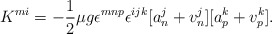
\begin{align*}K^{mi} = -\frac{1}{2}\mu g\epsilon^{mnp}\epsilon^{ijk}[a_{n}^{j} + v_{n}^{j}] [a_{p}^{k} + v_{p}^{k}] .\end{align*}